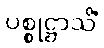
ပစ္စုဋ္ဌာသိံ